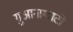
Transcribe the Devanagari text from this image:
गुआनाग्वाटो